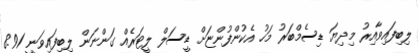
ލިބިފައިވާއިރު މިދިޔަ ޑިސެމްބަރު މަހު އެކުންފުންޏަށް ޑީސަލް ލީޓަރެއް ގަންނަން ލިބިފައިވަނީ 8.91